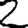
Digit: 2